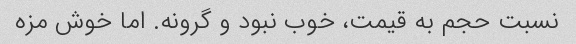
نسبت حجم به قیمت، خوب نبود و گرونه. اما خوش مزه